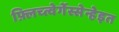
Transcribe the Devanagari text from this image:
फ़्लिच्त्वेर्गेस्सेन्हेइत